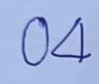
04